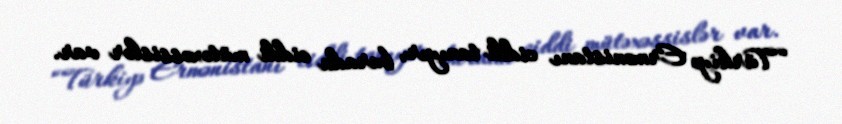
“Türkiyə Ermənistanı ciddi tanıyır, burada ciddi mütəxəssislər var.